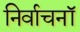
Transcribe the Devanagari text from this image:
निर्वाचनॉ